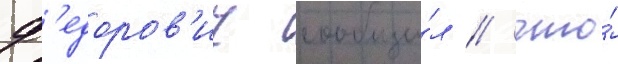
ф'едоров'ич сообщи́л / что́